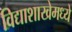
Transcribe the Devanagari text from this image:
विद्याशाखेमध्ये